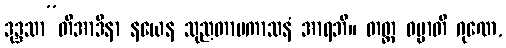
ဒုဒ္ဒသာ”တိအာဒိနာ နယေန သုညတာပကာသနံ အာရဘိ။ တတ္ထ ဓမ္မာတိ ဂုဏေ,